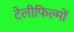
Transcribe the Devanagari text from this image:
टेलीफिल्मों